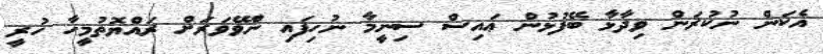
އެކަން ނުކުރަން ވިދާޅުާ ބޭފުޅުން ޢައިސް ސިނީމާ ނުހިފައި ނުެވޭވަރަށް ރައްޔޮތުމީހާ ހުރީ